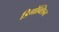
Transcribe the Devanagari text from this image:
डिगोक्सिन